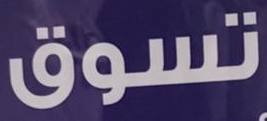
تسوق